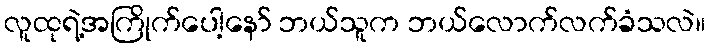
လူထုရဲ့အကြိုက်ပေါ့နော် ဘယ်သူက ဘယ်လောက်လက်ခံသလဲ။